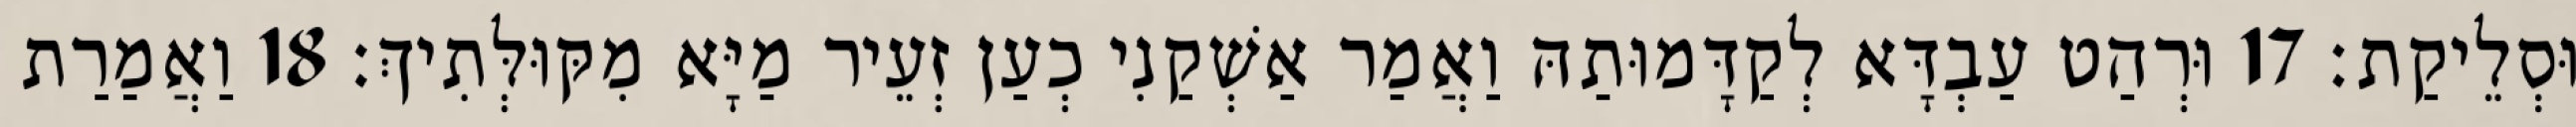
וּסְלֵיקַת׃ 17 וּרְהַט עַבְדָּא לְקַדָּמוּתַהּ וַאֲמַר אַשְׁקַנִי כְעַן זְעֵיר מַיָּא מִקּוּלְּתִיךְ׃ 18 וַאֲמַרַת